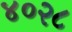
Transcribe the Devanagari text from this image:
४०२८